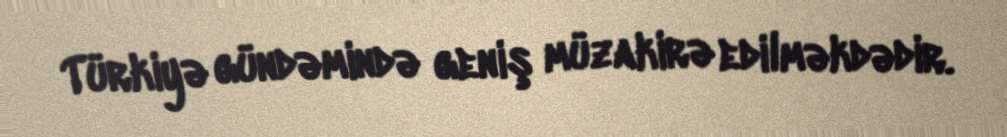
Türkiyə gündəmində geniş müzakirə edilməkdədir.